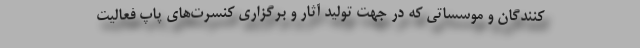
کنندگان و موسساتی که در جهت تولید آثار و برگزاری کنسرت‌های پاپ فعالیت